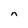
Character: n